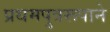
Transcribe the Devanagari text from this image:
प्रथमपुत्ररूपाने